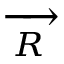
\xrightarrow [ { R } ] { }